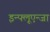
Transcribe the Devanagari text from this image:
इन्फ्लूएन्जा